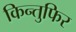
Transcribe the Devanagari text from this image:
किन्तुफिर